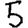
Digit: 5